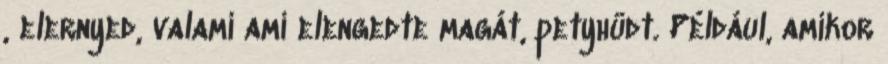
, elernyed, valami ami elengedte magát, petyhüdt. Például, amikor